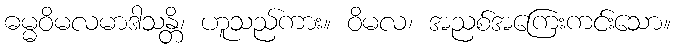
ဓမ္မဝိမလမာဒါသန္တိ၊ ဟူသည်ကား။ ဝိမလ၊ အညစ်အကြေးကင်းသော။